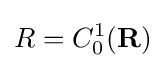
R=C_{0}^{1}(\mathbf {R} )